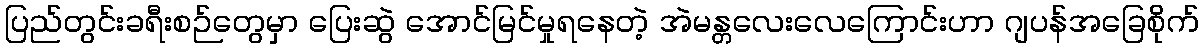
ပြည်တွင်းခရီးစဉ်တွေမှာ ပြေးဆွဲ အောင်မြင်မှုရနေတဲ့ အဲမန္တလေးလေကြောင်းဟာ ဂျပန်အခြေစိုက်